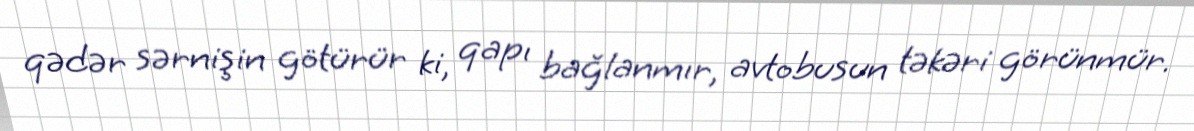
qədər sərnişin götürür ki, qapı bağlanmır, avtobusun təkəri görünmür.